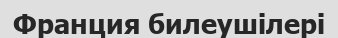
Франция билеушілері